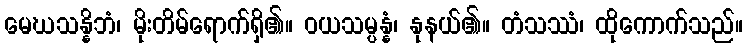
မေဃသန္နိဘံ၊ မိုးတိမ်ရောက်ရှိ၏။ ဝယသမ္ပန္နံ၊ နုနယ်၏။ တံသဿံ၊ ထိုကောက်သည်။